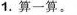
1.算一算。